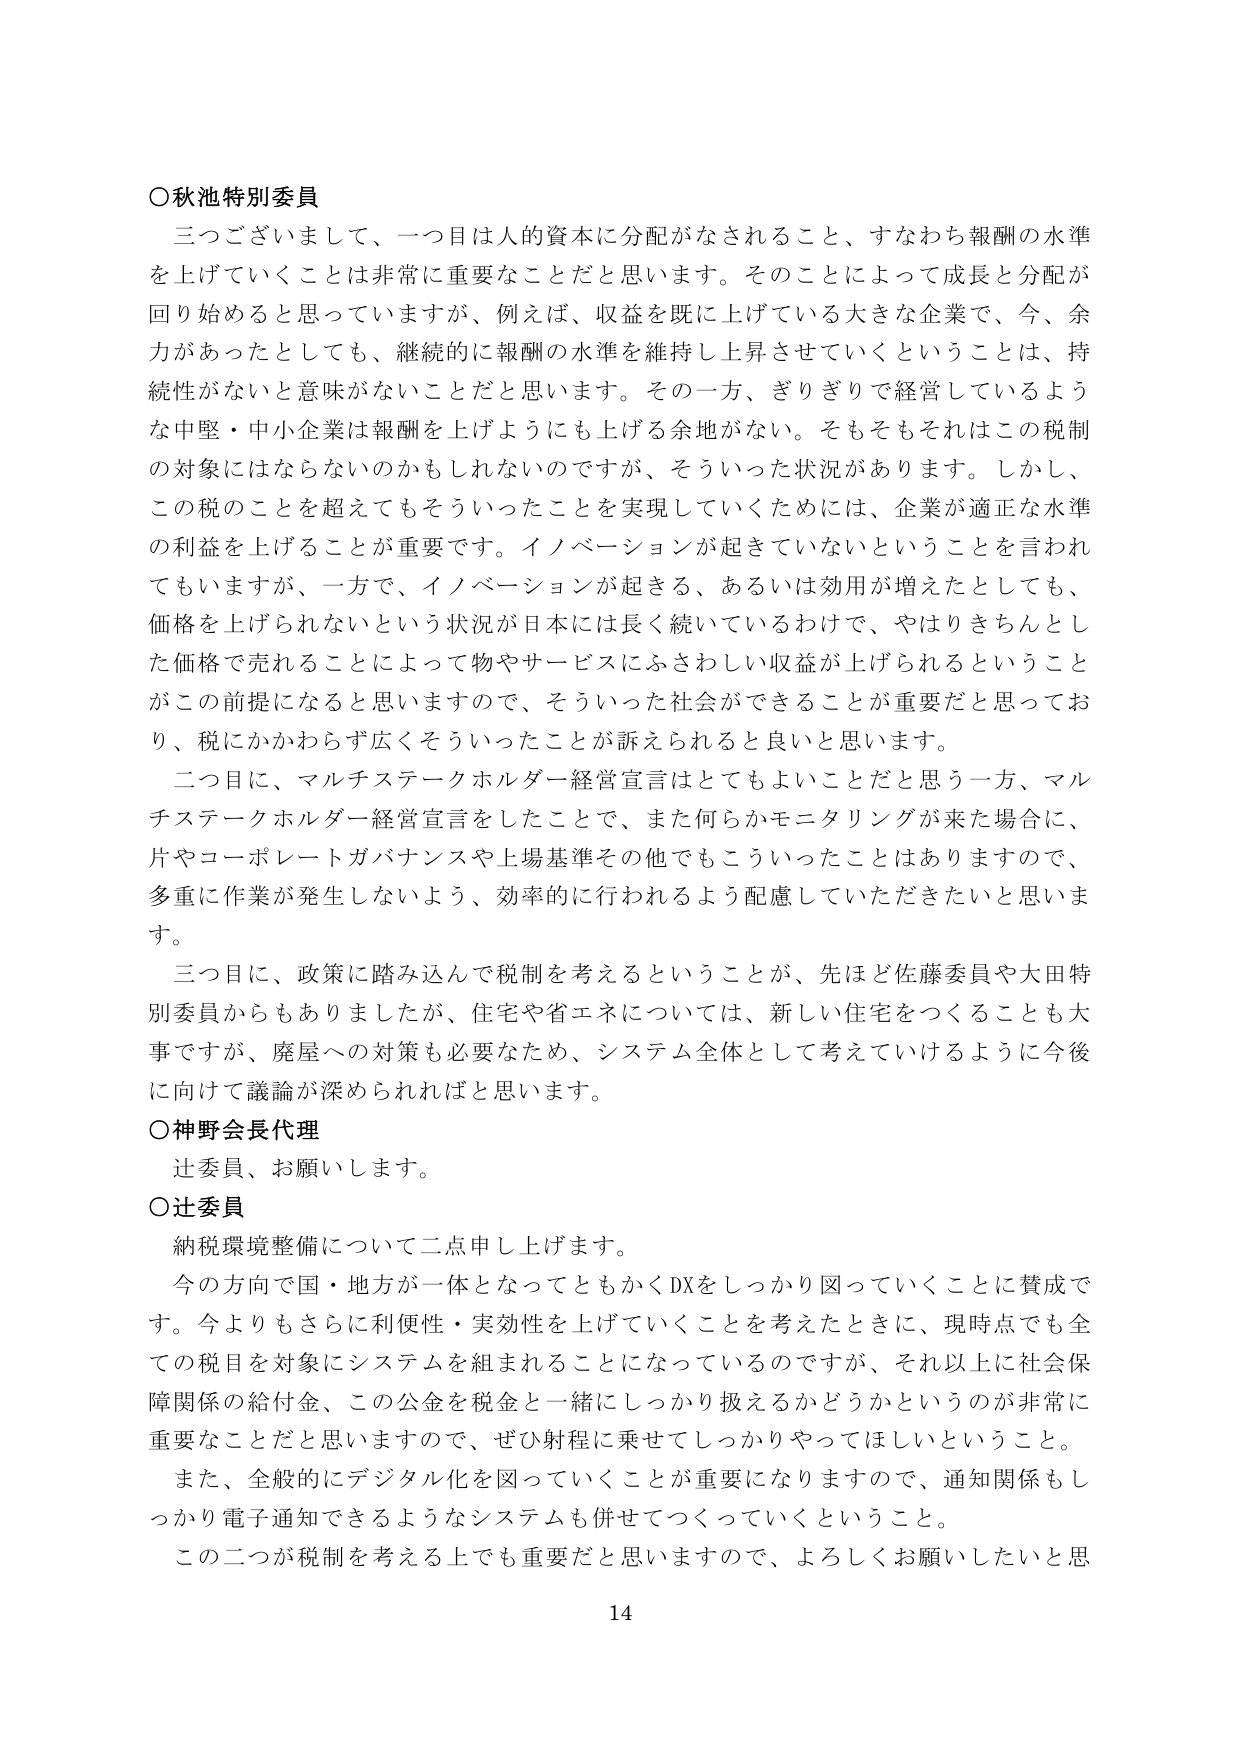
〇秋池特別委員
三つございまして、一つ目は人的資本に分配がなされること、すなわち報酬の水準を上げていくことは非常に重要なことだと思います。そのことによって成長と分配が回り始めると思っていますが、例えば、収益を既に上げている大きな企業で、今、余力があったとしても、継続的に報酬の水準を維持し上昇させていくということは、持続性がないと意味がないことだと思います。その一方、ぎりぎりで経営しているような中堅・中小企業は報酬を上げようにも上げる余地がない。そもそもそれはこの税制の対象にはならないのかもしれないのですが、そういった状況があります。しかし、この税のことを超えてもそういったことを実現していくためには、企業が適正な水準の利益を上げることが重要です。イノベーションが起きていないということを言われてもいますが、一方で、イノベーションが起きる、あるいは効用が増えたとしても、価格を上げられないという状況が日本には長く続いているわけで、やはりきちんとした価格で売れることによって物やサービスにふさわしい収益が上げられるということがこの前提になると思いますので、そういった社会ができることを重要だと思っており、税にかかわらず広くそういったことが訴えられると良いと思います。

二つ目に、マルチステークホルダー経営宣言はとてもよいことだと思う一方、マルチステークホルダー経営宣言をしたことで、また何らかモニタリングが来た場合に、片やコーポレートガバナンスや上場基準その他でもこういったことはありますので、多重に作業が発生しないよう、効率的に行われるよう配慮していただきたいと思います。

三つ目に、政策に踏み込んで税制を考えるということが、先ほど佐藤委員や大田特別委員からもありましたが、住宅や省エネについては、新しい住宅をつくることも大事ですが、廃屋への対策も必要なため、システム全体として考えていけるように今後に向けて議論が深められればと思います。

〇神野会長代理
辻委員、お願いします。

〇辻委員
納税環境整備について二点申し上げます。
今の方向で国・地方が一体となってともかくDXをしっかり図っていくことに賛成です。今よりもさらに利便性・実効性を上げていくことを考えたときに、現時点でも全ての税目を対象にシステムを組まれることになっているのですが、それ以上に社会保障関係の給付金、この公金を税金と一緒にしっかり扱えるかどうかというのが非常に重要なことだと思いますので、ぜひ射程に乗せてしっかりやってほしいということ。
また、全般的にデジタル化を図っていくことが重要になりますので、通知関係もしっかり電子通知できるようなシステムも併せてつくっていくということ。
この二つが税制を考える上でも重要だと思いますので、よろしくお願いしたいと思

14